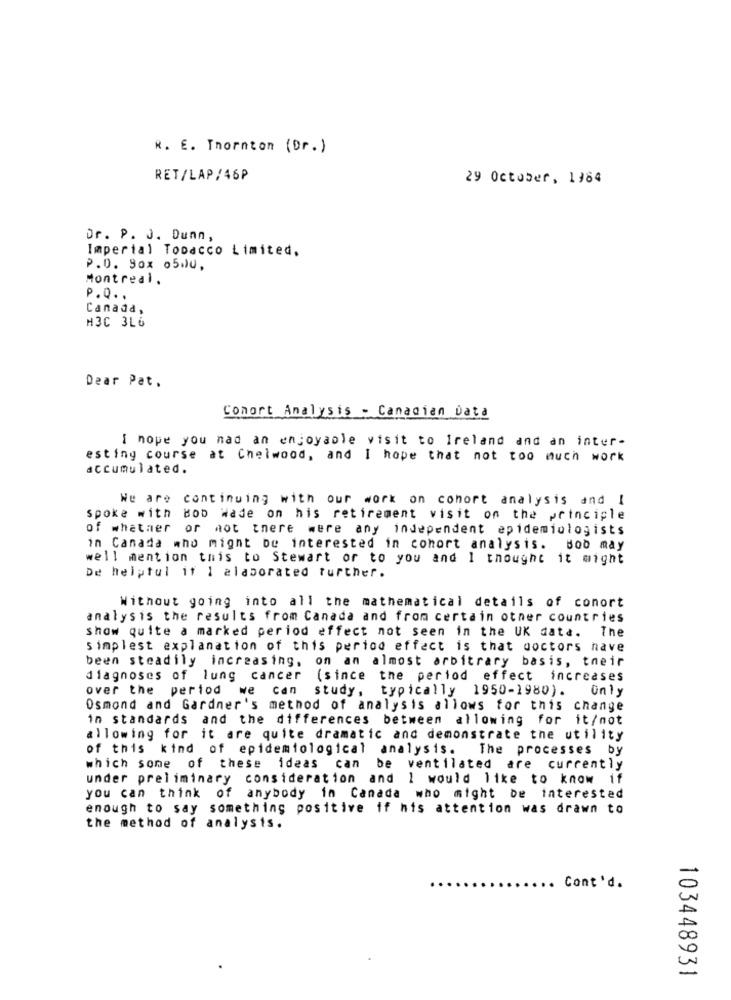
R. E. Thornton (Dr. )
RET/LAP/46P
29 October, 1984
Dr. P. J. Dunn,
Imperial Tobacco Limited.
P.D. 9ox 05.)0,
Montreal.
P.Q ..
Canada,
M3C 3L6
Dear Pat.
Comort Analysis - Canadian Data
I nope you nad an enjoyable visit to Ireland and an inter-
esting course at Chelwood, and I hope that not too much work
accumulated.
We are continuing with our work on conort analysis and I
spoke with Bob Wade on his retirement visit on the principle
of whether or not there were any independent epidemiologists
in Canada mno might be interested in cohort analysis. Bob may
well mention this to Stewart or to you and I thought it might
De helptul if I elaborated further.
Without going into all the mathematical details of conort
analysis the results from Canada and from certain other countries
show quite a marked period effect not seen in the UK data. The
simplest explanation of this period effect is that doctors nave
been steadily increasing, on an almost arbitrary basis, their
diagnoses of lung cancer
(since the period effect increases
over the period we Can
study, typically 1950-1980).
Only
Osmond and Gardner's method of analysis allows for this change
in standards and the differences between allowing for it/not
allowing for it are quite dramatic and demonstrate the utility
of this kind of epidemiological analysis.
The processes by
which some of these
ideas can be ventilated are currently
under preliminary consideration and I would like to know if
you can think of anybody in Canada who might be interested
enough to say something positive if his attention was drawn to
the method of analysis.
Cont'd.
103448931